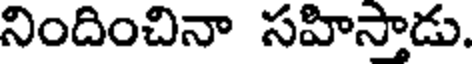
నిందించినా సహిస్తాడు.